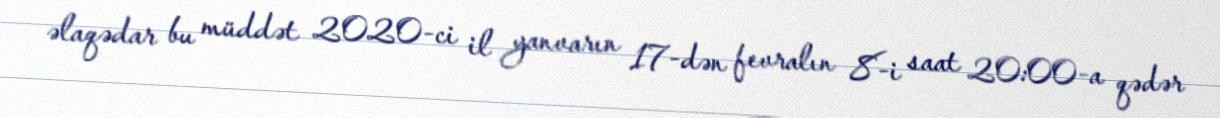
əlaqədar bu müddət 2020-ci il yanvarın 17-dən fevralın 8-i saat 20:00-a qədər